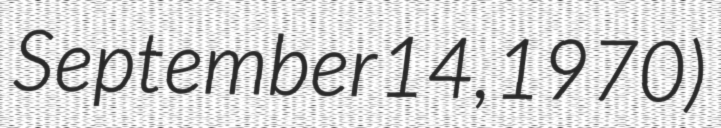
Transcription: September 14, 1970)